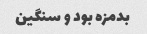
بدمزه بود و سنگین